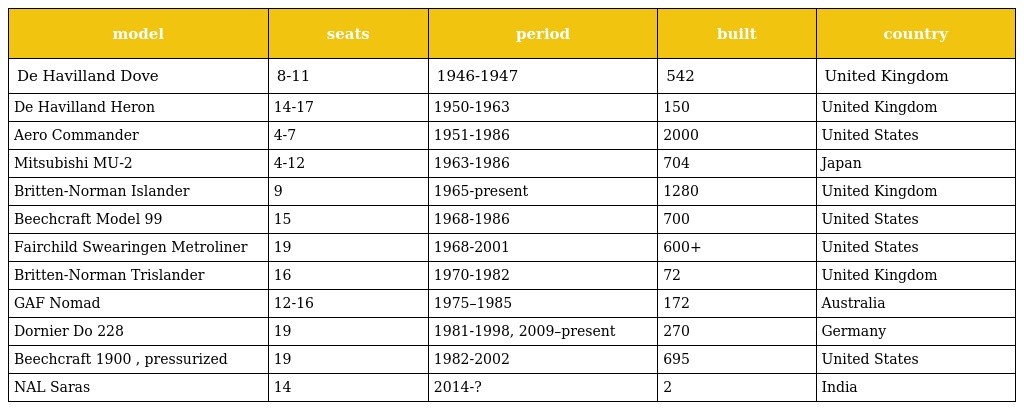
| model | seats | period | built | country |
 | --- | --- | --- | --- | --- |
 | De Havilland Dove | 8-11 | 1946-1947 | 542 | United Kingdom |
 | De Havilland Heron | 14-17 | 1950-1963 | 150 | United Kingdom |
 | Aero Commander | 4-7 | 1951-1986 | 2000 | United States |
 | Mitsubishi MU-2 | 4-12 | 1963-1986 | 704 | Japan |
 | Britten-Norman Islander | 9 | 1965-present | 1280 | United Kingdom |
 | Beechcraft Model 99 | 15 | 1968-1986 | 700 | United States |
 | Fairchild Swearingen Metroliner | 19 | 1968-2001 | 600+ | United States |
 | Britten-Norman Trislander | 16 | 1970-1982 | 72 | United Kingdom |
 | GAF Nomad | 12-16 | 1975–1985 | 172 | Australia |
 | Dornier Do 228 | 19 | 1981-1998, 2009–present | 270 | Germany |
 | Beechcraft 1900 , pressurized | 19 | 1982-2002 | 695 | United States |
 | NAL Saras | 14 | 2014-? | 2 | India |